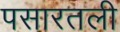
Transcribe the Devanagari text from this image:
पसारतली